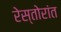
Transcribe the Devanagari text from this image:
रेस्तोरांत